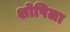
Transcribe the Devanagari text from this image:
शोषिला